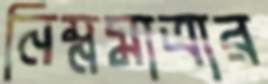
নিম্নমাত্রার